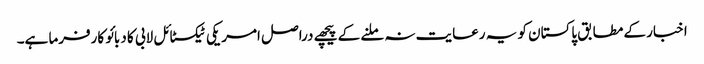
اخبار کے مطابق پاکستان کو یہ رعایت نہ ملنے کے پیچھے دراصل امریکی ٹیکسٹائل لابی کا دبائو کارفرما ہے۔